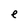
Character: e